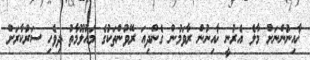
ޚާއިނުންނަށް މާލެ އެރުނީ ޚާއިނުން ރާވަމުން ގެންދިއަ ރޭވުންތަކުގެ މައުލޫމާތު ދިވެހި ސަރުކާރަށް